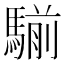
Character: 騚